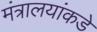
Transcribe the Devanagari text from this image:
मंत्रालयांकडे